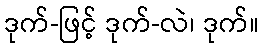
ဒုက်-ဖြင့် ဒုက်-လဲ၊ ဒုက်။